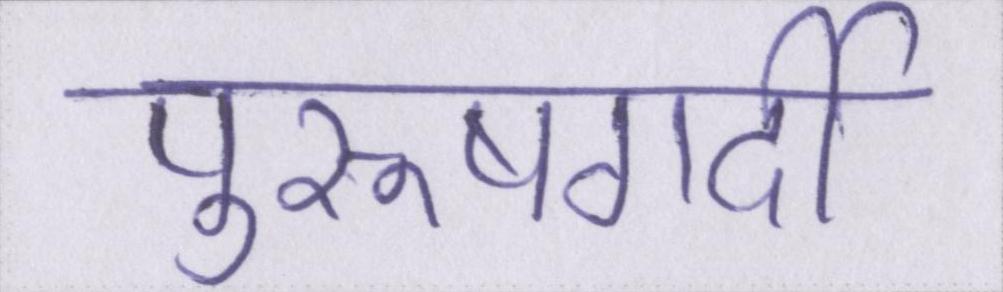
पुरूषगर्दी